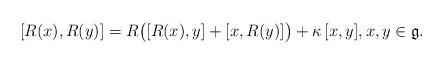
LaTeX: \begin{align*}[R(x), R(y) ] = R \big( [R(x), y] + [x, R(y)] \big) + \kappa ~ \! [x, y], x, y \in \mathfrak{g}.\end{align*}